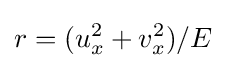
r=(u_{x}^{2}+v_{x}^{2})/E